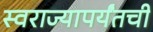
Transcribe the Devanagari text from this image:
स्वराज्यापर्यंतची